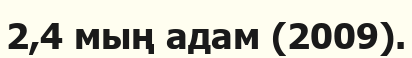
2,4 мың адам (2009).